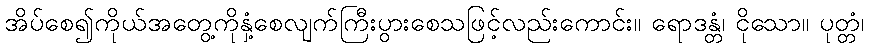
အိပ်စေ၍ကိုယ်အတွေ့ကိုနှံ့စေလျက်ကြီးပွားစေသဖြင့်လည်းကောင်း။ ရောဒန္တံ၊ ငိုသော။ ပုတ္တံ၊